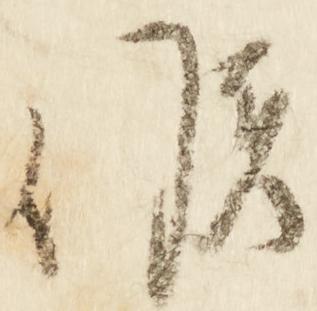
候